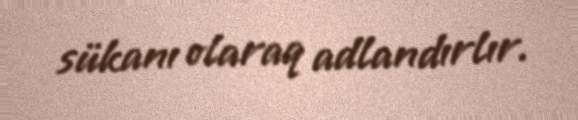
sükanı olaraq adlandırlır.